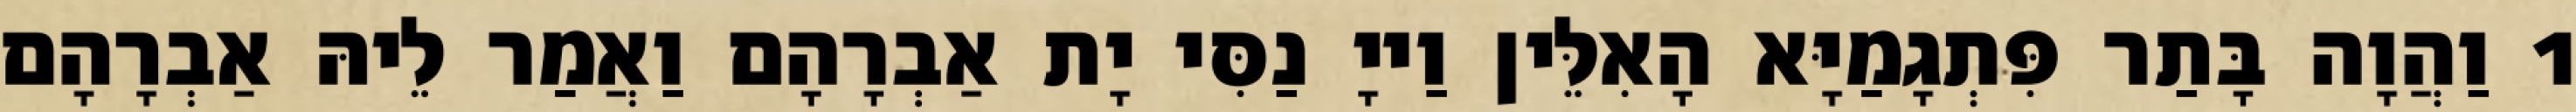
1 וַהֲוָה בָּתַר פִּתְגָמַיָּא הָאִלֵּין וַייָ נַסִּי יָת אַבְרָהָם וַאֲמַר לֵיהּ אַבְרָהָם